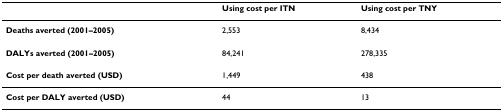
|  | Using cost per ITN | Using cost per TNY |
 | --- | --- | --- |
 | Deaths averted (2001–2005) | 2,553 | 8,434 |
 | DALYs averted (2001–2005) | 84,241 | 278,335 |
 | Cost per death averted (USD) | 1,449 | 438 |
 | Cost per DALY averted (USD) | 44 | 13 |